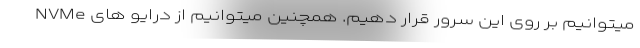
میتوانیم بر روی این سرور قرار دهیم. همچنین میتوانیم از درایو های NVMe